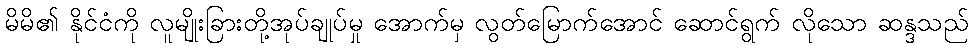
မိမိ၏ နိုင်ငံကို လူမျိုးခြားတို့အုပ်ချုပ်မှု အောက်မှ လွတ်မြောက်အောင် ဆောင်ရွက် လိုသော ဆန္ဒသည်